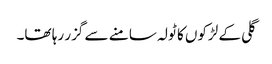
گلی کے لڑکوں کا ٹولہ سامنے سے گزر رہا تھا۔